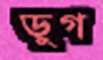
ডুগ